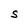
Character: S